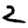
Digit: 2